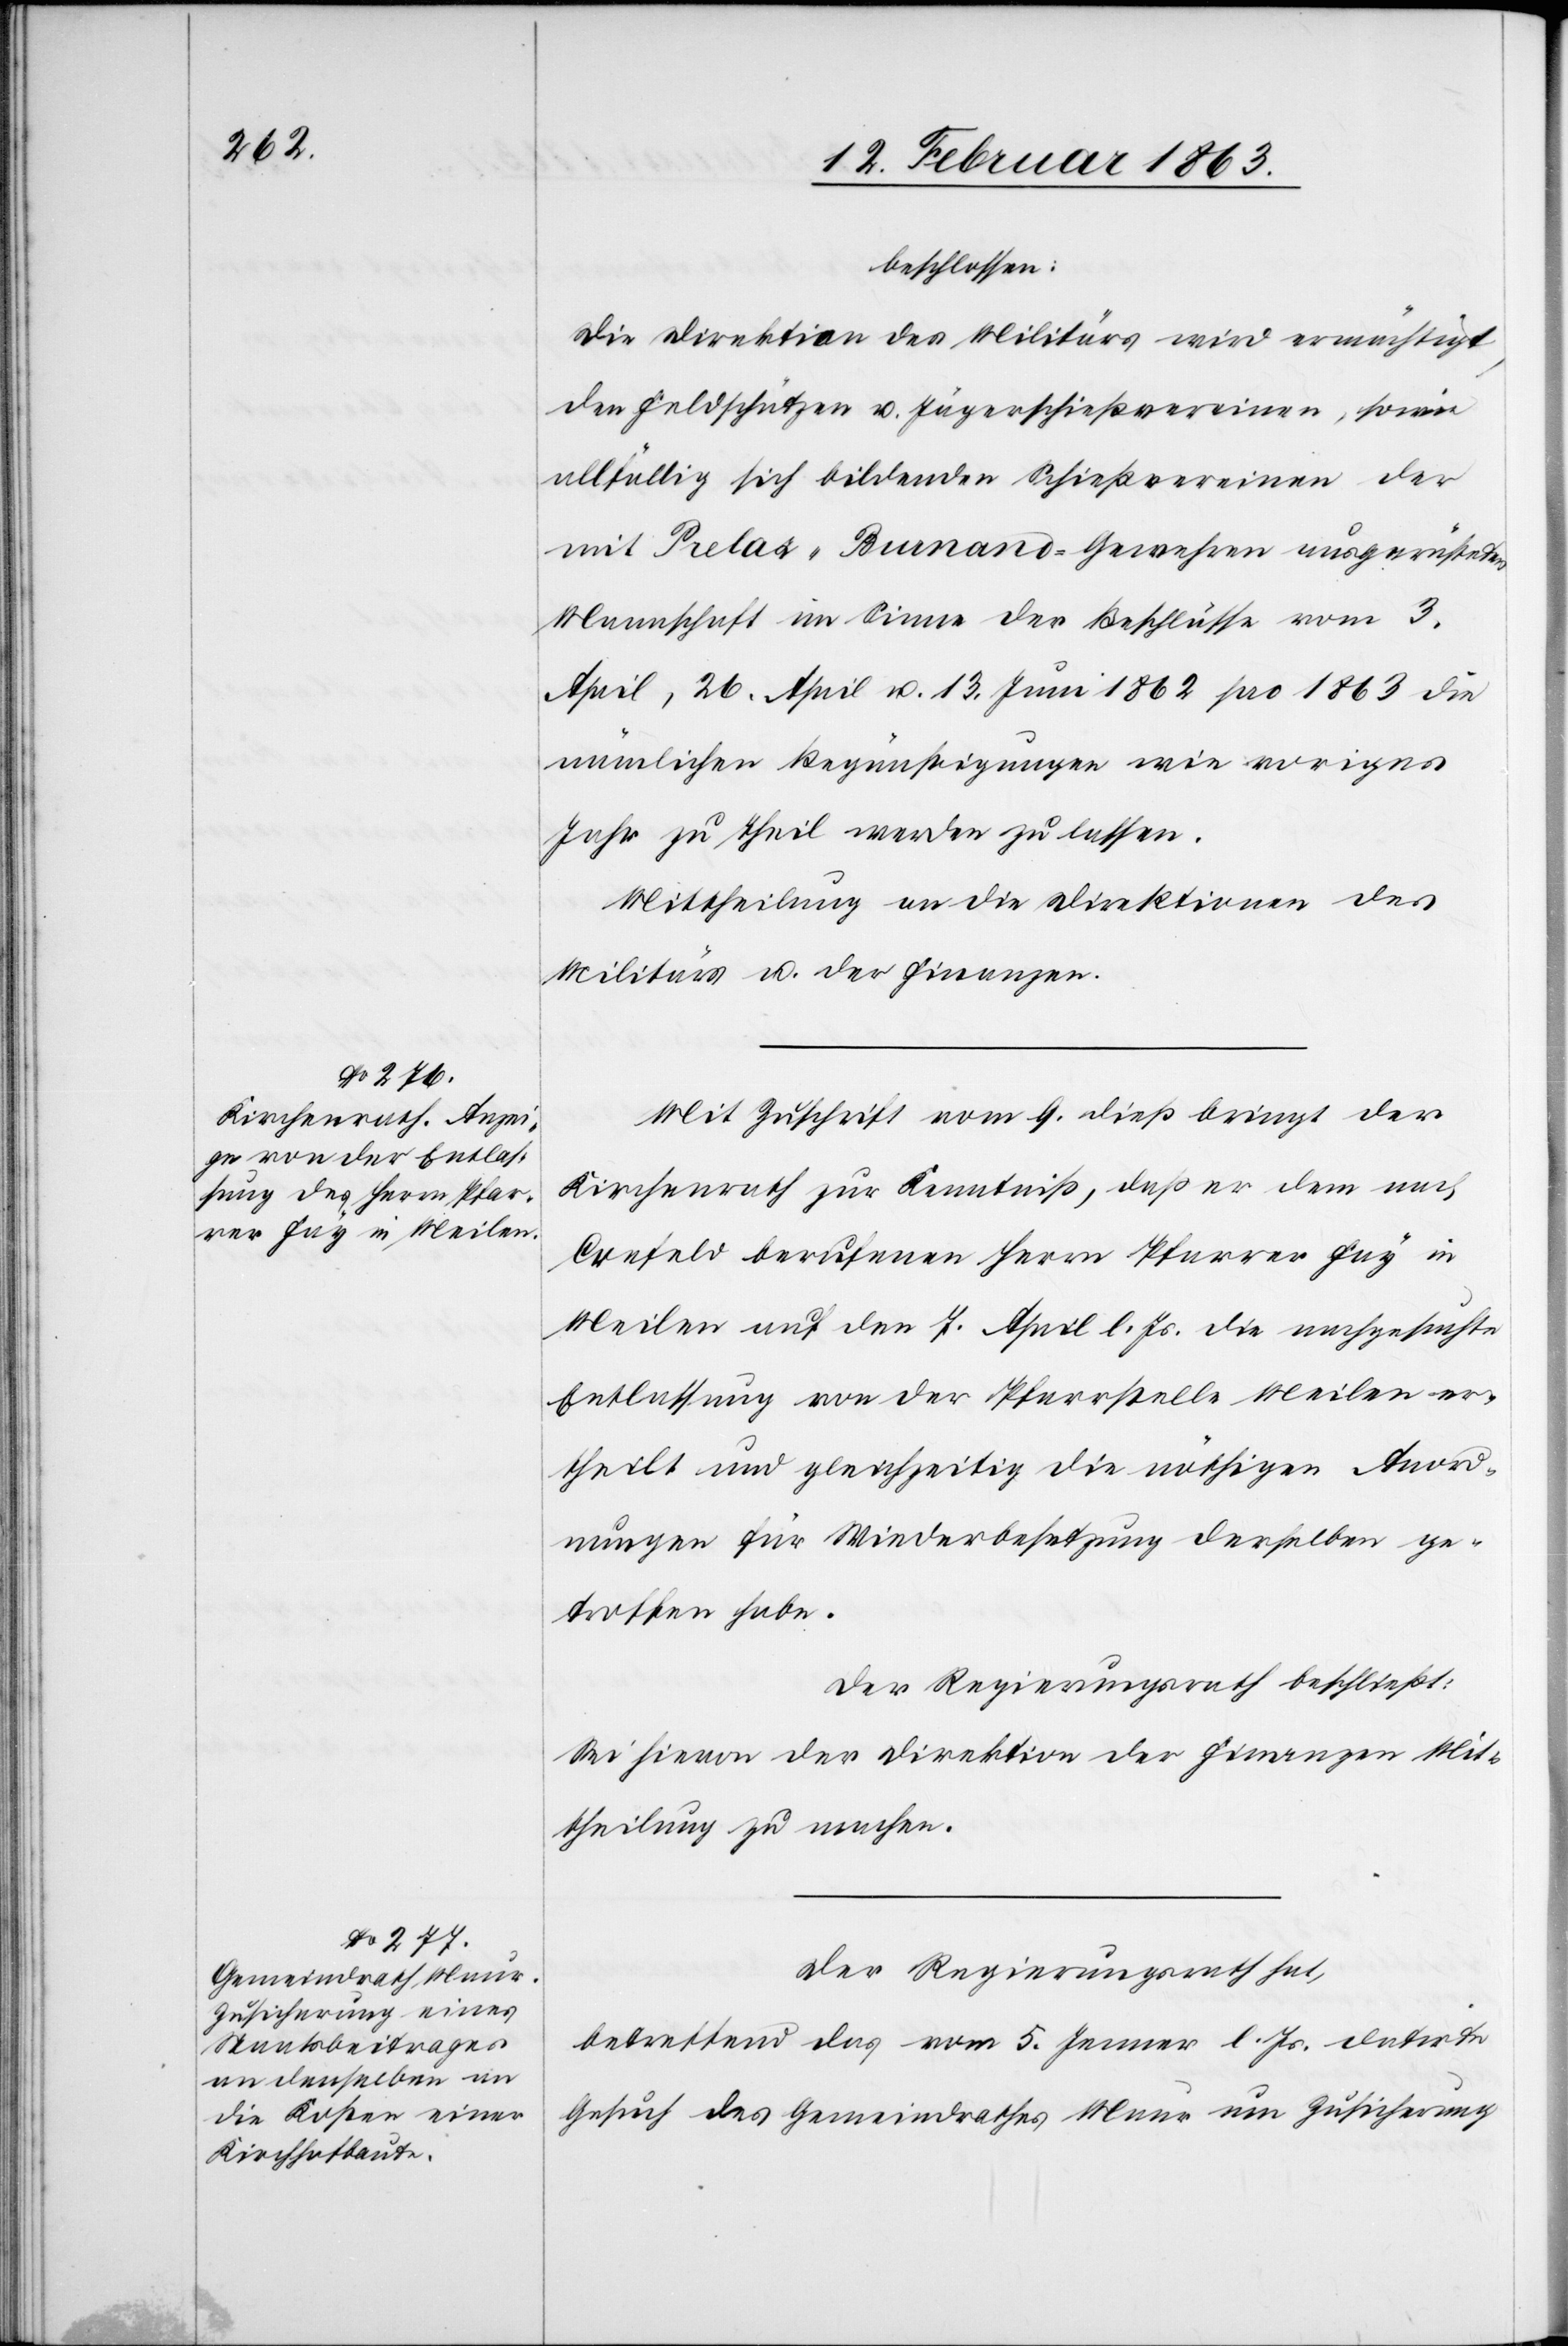
beschlossen:
Die Direktion des Militärs wird ermächtigt,
den Feldschützen u. Jägerschießvereinen, sowie
allfällig sich bildenden Schießvereinen der
mit Prelaz-Burnand-Gewehren ausgerüsteten
Mannschaft im Sinne der Beschlüsse vom 3.
April, 26. April u. 13. Juni 1862 pro 1863 die
nämlichen Begünstigungen wie voriges
Jahr zu Theil werden zu lassen.
Mittheilung an die Direktionen des
Militärs u. der Finanzen.
Mit Zuschrift vom 9. dieß bringt der
Kirchenrath zur Kenntniß, daß er dem nach
Crefeld berufenen Herrn Pfarrer Fay in
Meilen auf den 7. April l. Js. die nachgesuchte
Entlassung von der Pfarrstelle Meilen er¬
theilt und gleichzeitig die nöthigen Anord¬
nungen für Wiederbesetzung derselben ge¬
troffen habe.
Der Regierungsrath beschließt:
Sei hievon der Direktion der Finanzen Mit¬
theilung zu machen.
Der Regierungsrath hat,
betreffend das vom 5. Jenner l. Js. datirte
Gesuch des Gemeindrathes Maur um Zusicherung